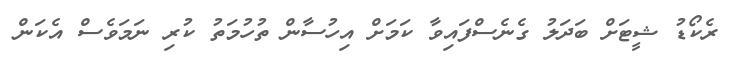
ރެކޯޑު ޝީޓަށް ބަދަލު ގެނެސްފައިވާ ކަމަށް އިހުސާން ތުހުމަތު ކުރި ނަމަވެސް އެކަން